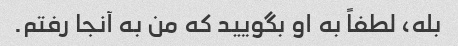
بله، لطفاً به او بگویید که من به آنجا رفتم.